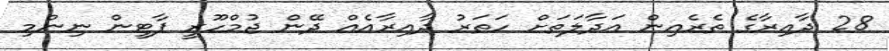
28 ދާއިރާގެ ތެރެއިން އަދާލަތަށް ހަތަރު ދާއިރާއެއް ދޭން ޖުމްހޫރީ ޕާޓީން ނިންމި